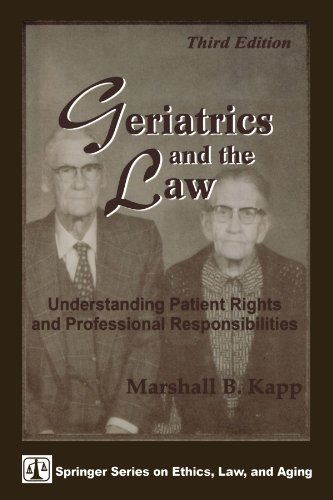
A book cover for Geriatrics and the Law: Understanding Patient Rights and Professional Responsibilities, Third Edition (Springer Series on Ethics, Law and Aging); Marshall B. Kapp JD  MPH; Law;